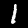
Label: 1